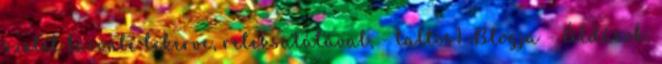
szelet baconbe tekerve, reteksalátával, - taltos1 Blogja - Áldások,